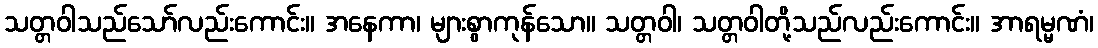
သတ္တဝါသည်သော်လည်းကောင်း။ အနေကာ၊ များစွာကုန်သော။ သတ္တဝါ၊ သတ္တဝါတို့သည်လည်းကောင်း။ အာရမ္မဏံ၊